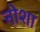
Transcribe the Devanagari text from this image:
नोशा